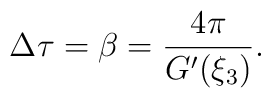
\Delta \tau =\beta = \frac{4\pi}{G'(\xi_3)}.